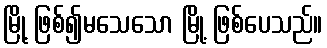
မြို့ ဖြစ်၍မသေသော မြို့ ဖြစ်ပေသည်။